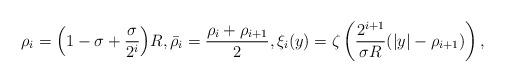
LaTeX: \begin{align*}\rho_i =\Big (1 -\sigma + \frac{\sigma}{2^{i}}\Big)R, \bar{\rho}_{i} = \frac{\rho_i + \rho_{i+1}}{2}, \xi_i (y)= \zeta\left(\frac{2^{i+1}}{\sigma R}(|y|-\rho_{i+1}) \right),\end{align*}